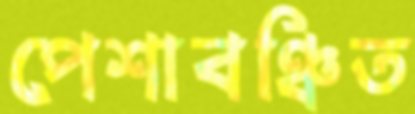
পেশাবঞ্চিত